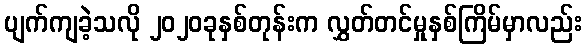
ပျက်ကျခဲ့သလို ၂၀၂၀ခုနှစ်တုန်းက လွှတ်တင်မှုနှစ်ကြိမ်မှာလည်း